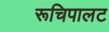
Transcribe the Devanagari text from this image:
रूचिपालट